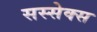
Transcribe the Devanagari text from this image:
सस्सेक्स